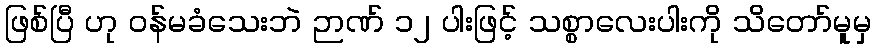
ဖြစ်ပြီ ဟု ဝန်မခံသေးဘဲ ဉာဏ် ၁၂ ပါးဖြင့် သစ္စာလေးပါးကို သိတော်မူမှ